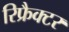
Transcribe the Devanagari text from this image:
रिफ्रैक्टर